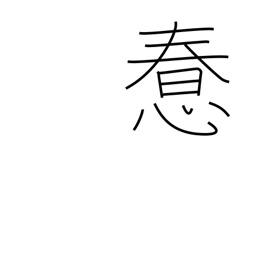
Meaning: foolish